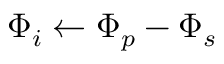
{ \Phi _ { i } } \gets { \Phi _ { p } } - { \Phi _ { s } }